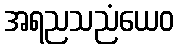
အရညသညံယေဝ